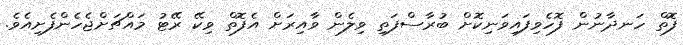
ފޮތް ހަނދާނުން ފޮހެވިފައިވަނިކޮށް ބުރާސްފަތި ވިލެން ވާއިރަށް އެފޮތް ވިކޭ ރޭޓު މައްޗަށްޖެހެންފެށިއެވެ.